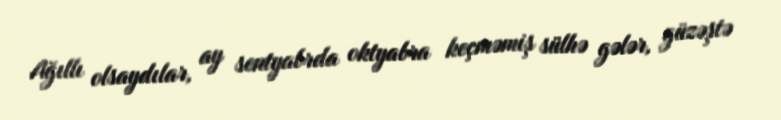
Ağıllı olsaydılar, ay sentyabrda oktyabra keçməmiş sülhə gələr, güzəştə